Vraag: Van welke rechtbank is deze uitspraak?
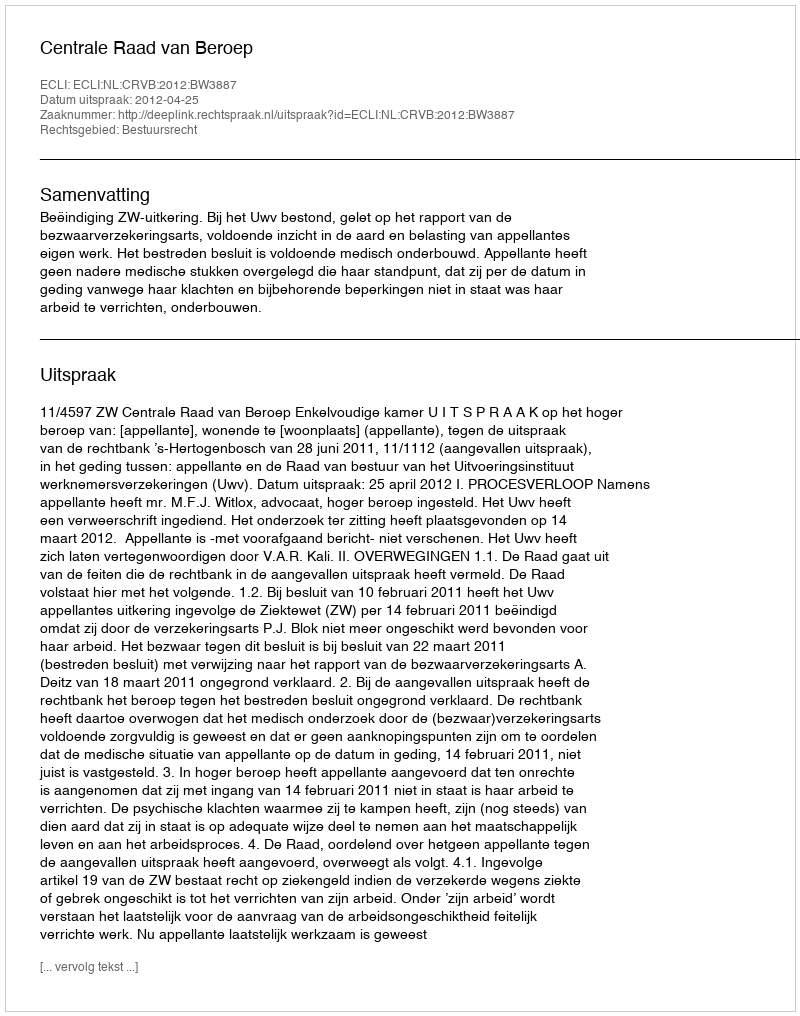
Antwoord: Centrale Raad van Beroep